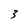
Character: 3